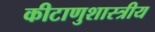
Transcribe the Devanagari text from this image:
कीटाणुशास्त्रीय